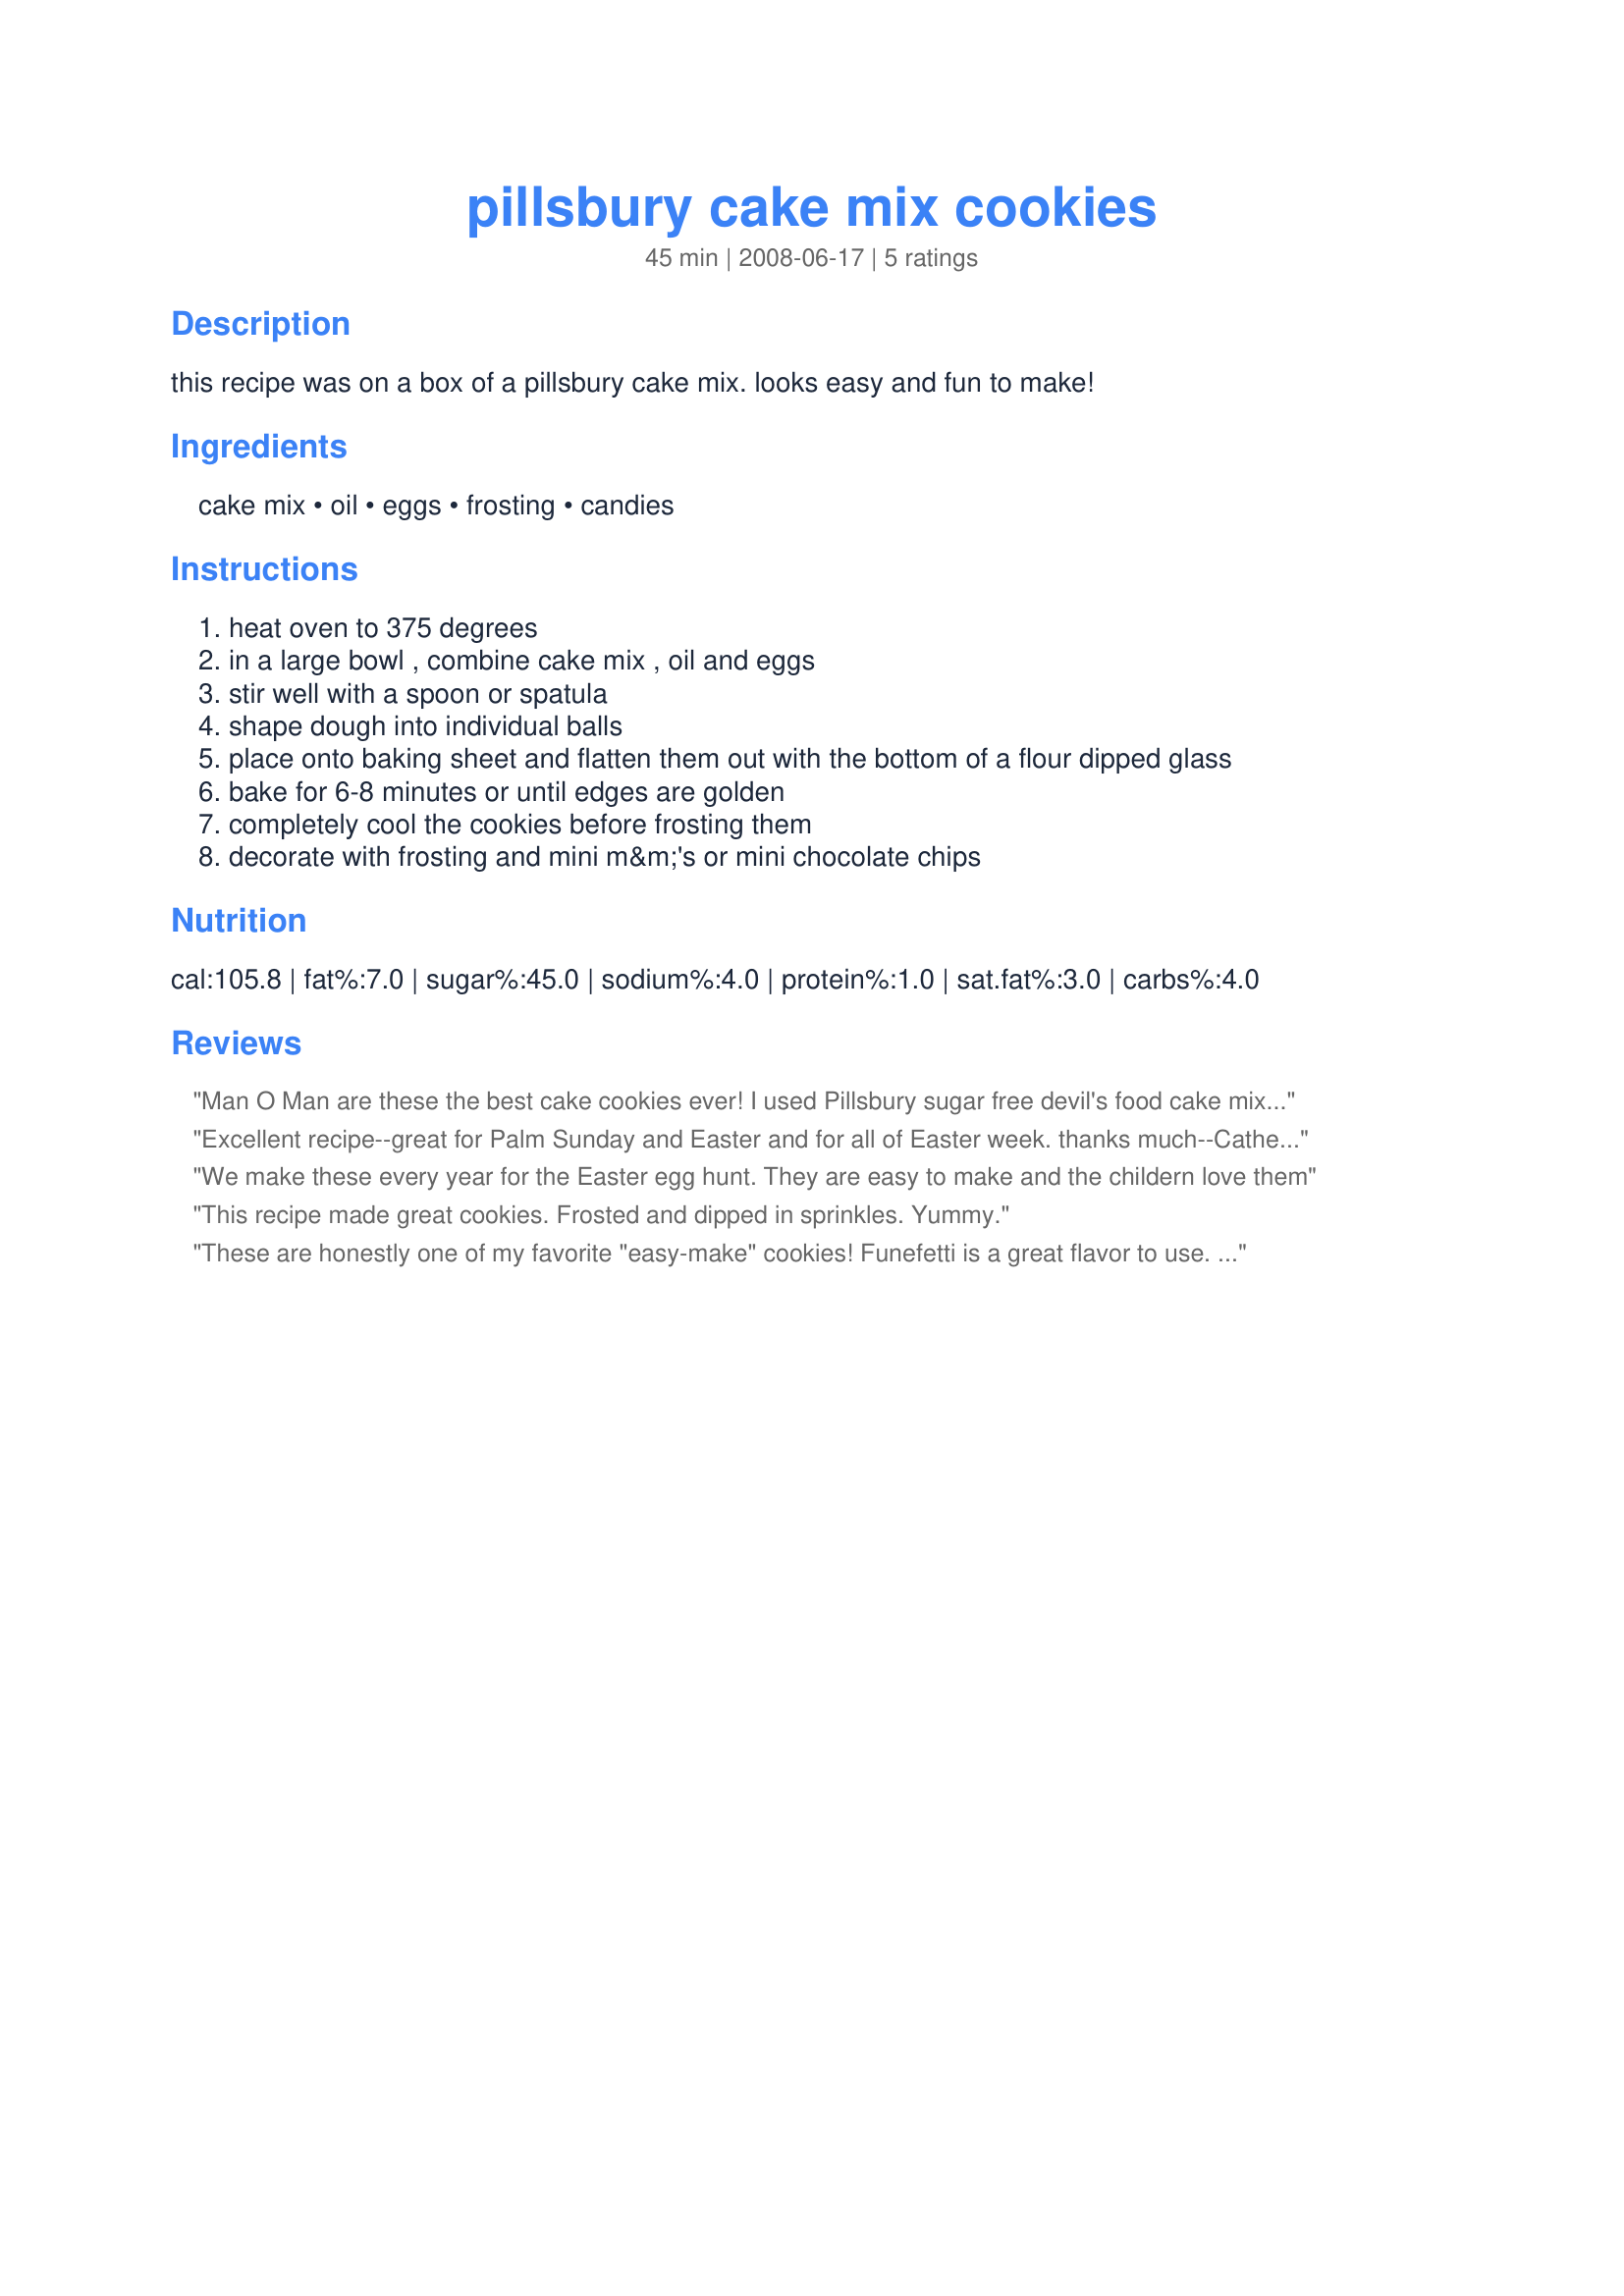
pillsbury cake mix cookies
Preparation time: 45 minutes

this recipe was on a box of a pillsbury cake mix. looks easy and fun to make!

Ingredients:
cake mix, oil, eggs, frosting, candies

Steps:
heat oven to 375 degrees
in a large bowl , combine cake mix , oil and eggs
stir well with a spoon or spatula
shape dough into individual balls
place onto baking sheet and flatten them out with the bottom of a flour dipped glass
bake for 6-8 minutes or until edges are golden
completely cool the cookies before frosting them
decorate with frosting and mini m&m's or mini chocolate chips

Reviews:
Man O Man are these the best cake cookies ever! I used Pillsbury sugar free devil's food cake mix (16oz and turned out great) and sugar free chocolate chips. So i wouldn't feel sooo guilty. I'm going to try these again using different stuff like caramel bits and pecans or walnuts, maybe some marshmallows-or whatever i can find in my kitchen. Super easy and fun. THANKS for hittin' the spot!
Excellent recipe--great for Palm Sunday and Easter and for all of Easter week. thanks much--Catherine Queens NY
We make these every year for the Easter egg hunt. They are easy to make and the childern love them
This recipe made great cookies. Frosted and dipped in sprinkles. Yummy.
These are honestly one of my favorite "easy-make" cookies! Funefetti is a great flavor to use. Also they taste very similar to the Lofthouse brand.
